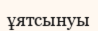
ұятсынуы